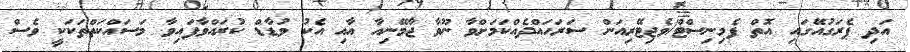
އަދި ޕެރަގުއޭގައި އޮތް ފެމިނިސްޓް/ވެޖިޓޭރިއަން ސަރަހައްދެއްކަމަށްވާ ނޫވާ ޖާމޭނިއާ އާއި އެކު ވުޑާޑް ކުރައްވާފައިވާ މަސައްކަތްތަކަކީ ވެސް